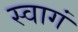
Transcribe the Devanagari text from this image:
स्वागं